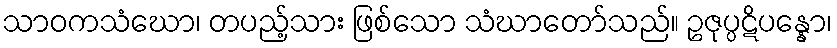
သာဝကသံဃော၊ တပည့်သား ဖြစ်သော သံဃာတော်သည်။ ဥဇုပ္ပဋိပန္နော၊